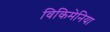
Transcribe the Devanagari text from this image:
विकिमेनिया